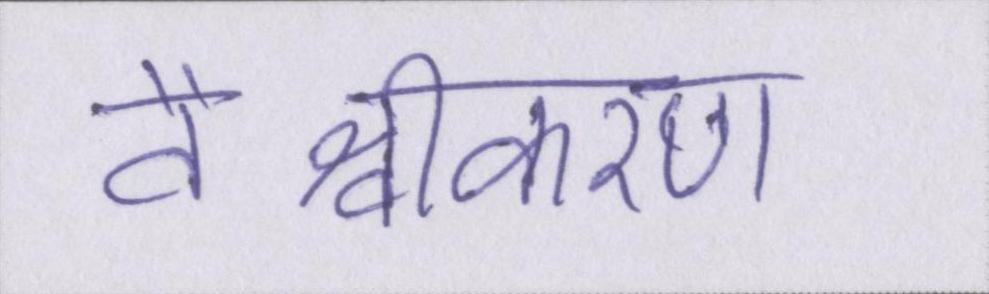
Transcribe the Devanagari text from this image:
वैश्वीकरण